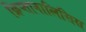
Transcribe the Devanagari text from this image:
क्रिप्तानालिसिस